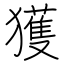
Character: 獲